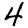
Digit: 4